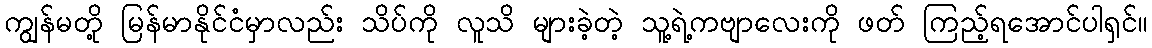
ကျွန်မတို့ မြန်မာနိုင်ငံမှာလည်း သိပ်ကို လူသိ များခဲ့တဲ့ သူ့ရဲ့ကဗျာလေးကို ဖတ် ကြည့်ရအောင်ပါရှင်။